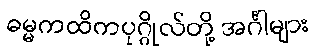
ဓမ္မကထိကပုဂ္ဂိုလ်တို့ အင်္ဂါများ